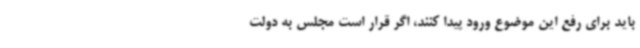
باید برای رفع این موضوع ورود پیدا کنند، اگر قرار است مجلس به دولت